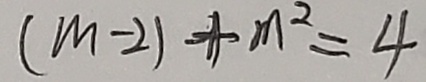
( m - 2 ) + m ^ { 2 } = 4